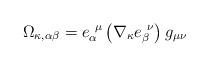
LaTeX: \begin{align*}\Omega_{\kappa,\alpha\beta}= e_\alpha^{\ \mu}\left(\nabla_\kappa e_\beta^{\ \nu}\right)g_{\mu\nu}\end{align*}